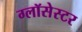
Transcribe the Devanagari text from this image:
ग्लॉसेस्टर